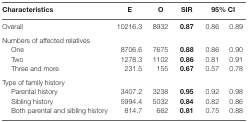
| Characteristics | E | O | SIR | <COLSPAN=2> 95% CI | <COLSPAN=2>  |
 | --- | --- | --- | --- | --- | --- | --- | --- |
 | Overall | 10216.3 | 8932 | 0.87 | 0.86 | 0.89 |
 | Numbers of affected relatives |  |  |  |  |  |
 | One | 8706.6 | 7675 | 0.88 | 0.86 | 0.90 |
 | Two | 1278.3 | 1102 | 0.86 | 0.81 | 0.91 |
 | Three and more | 231.5 | 155 | 0.67 | 0.57 | 0.78 |
 | Type of family history |  |  |  |  |  |
 | Parental history | 3407.2 | 3238 | 0.95 | 0.92 | 0.98 |
 | Sibling history | 5994.4 | 5032 | 0.84 | 0.82 | 0.86 |
 | Both parental and sibling history | 814.7 | 662 | 0.81 | 0.75 | 0.88 |